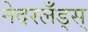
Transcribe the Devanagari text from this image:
नेदरलँड्स्